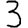
Digit: 3